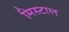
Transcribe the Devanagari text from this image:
मिस्टाल